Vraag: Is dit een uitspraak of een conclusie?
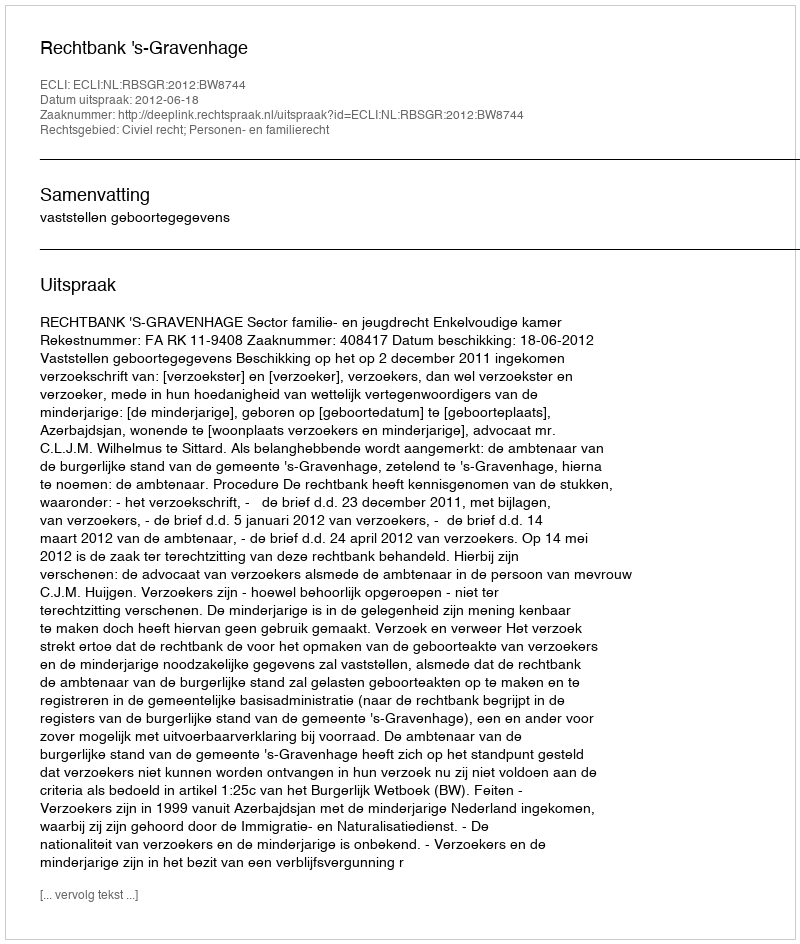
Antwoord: Uitspraak